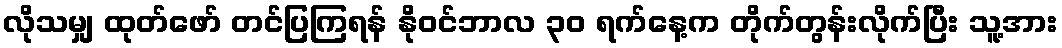
လိုသမျှ ထုတ်ဖော် တင်ပြကြရန် နိုဝင်ဘာလ ၃၀ ရက်နေ့က တိုက်တွန်းလိုက်ပြီး သူ့အား